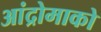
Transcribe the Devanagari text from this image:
आंद्रोमाको